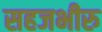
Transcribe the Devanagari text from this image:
सहजभीरु